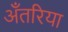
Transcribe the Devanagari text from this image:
अँतरिया